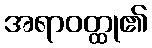
အရာဝတ္ထု၏